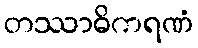
တဿာဓိကရဏံ